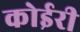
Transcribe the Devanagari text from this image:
कोईरी